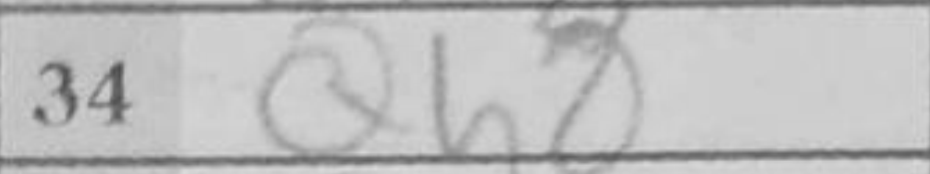
Transcription: Qh8